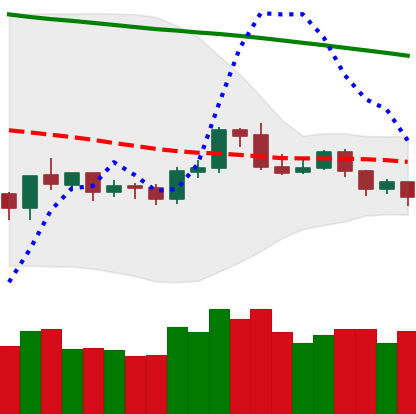
Ticker: ETH-USD
Chart end date: 2019-10-18
Forward return: -6.462%
Label: down_5_7